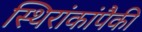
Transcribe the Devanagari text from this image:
स्थिरांकांपैकी